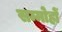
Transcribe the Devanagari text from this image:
सम्मोहों